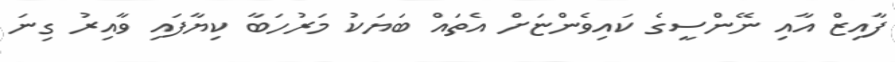
ފާއިޒް އާއި ނޭންސީގެ ކައިވެންޏަށް އެތައް ބަޔަކު މަރުހަބާ ކިޔާފައި ވާއިރު ގިނަ